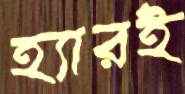
হ্যারই